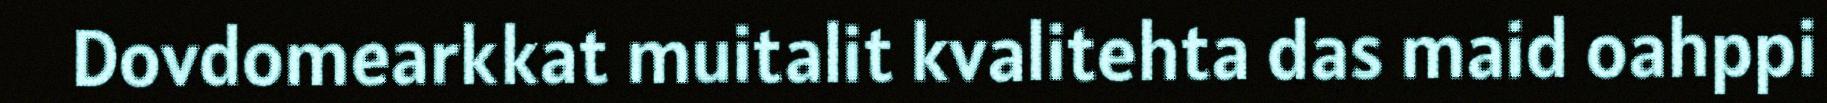
Dovdomearkkat muitalit kvalitehta das maid oahppi